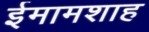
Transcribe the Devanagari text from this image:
ईमामशाह